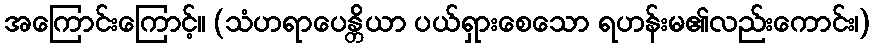
အကြောင်းကြောင့်။ (သံဟရာပေန္တိယာ ပယ်ရှားစေသော ရဟန်းမ၏လည်းကောင်း၊)